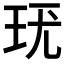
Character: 𤤞